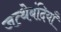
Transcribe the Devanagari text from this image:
जत्थेबंदियाँ